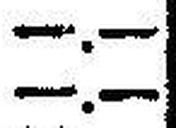
—.—